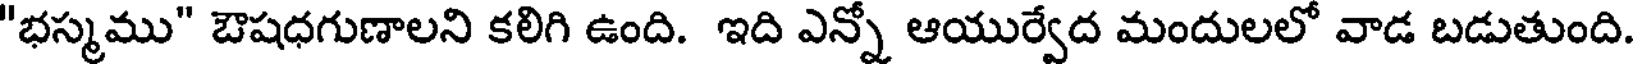
"భస్మము" ఔషధగుణాలని కలిగి ఉంది. ఇది ఎన్నో ఆయుర్వేద మందులలో వాడ బడుతుంది.